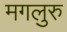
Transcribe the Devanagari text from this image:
मगलुरु